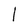
Character: l